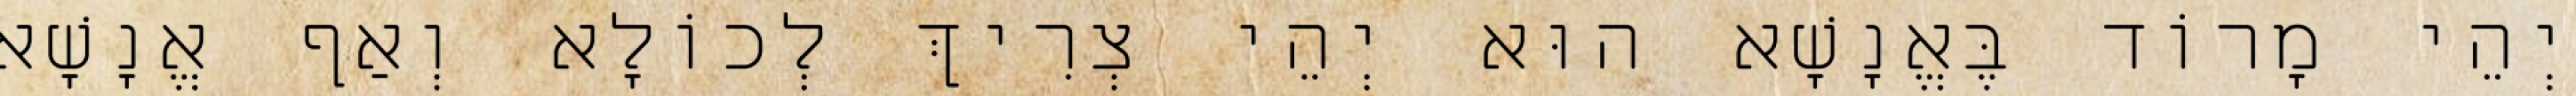
יְהֵי מָרוֹד בֶּאֱנָשָׁא הוּא יְהֵי צְרִיךְ לְכוֹלָא וְאַף אֱנָשָׁא